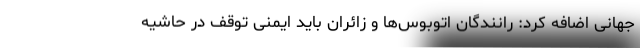
جهانی اضافه کرد: رانندگان اتوبوس‌ها و زائران باید ایمنی توقف در حاشیه